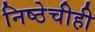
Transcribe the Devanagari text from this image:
निष्ठेचीही